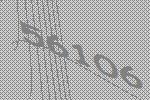
56106